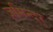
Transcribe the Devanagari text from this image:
जमिन्दर्